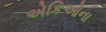
એકિઓના